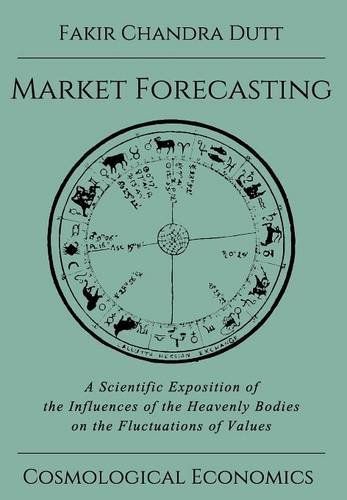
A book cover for Market Forecasting; Fakir Chandra Dutt; Business & Money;